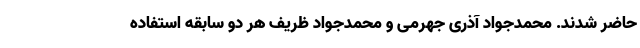
حاضر شدند. محمدجواد آذری جهرمی و محمدجواد ظریف هر دو سابقه استفاده